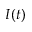
I ( t )